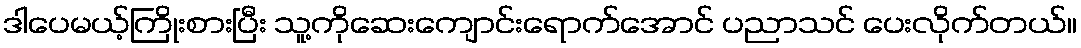
ဒါပေမယ့်ကြိုးစားပြီး သူ့ကိုဆေးကျောင်းရောက်အောင် ပညာသင် ပေးလိုက်တယ်။